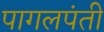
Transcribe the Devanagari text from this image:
पागलपंती